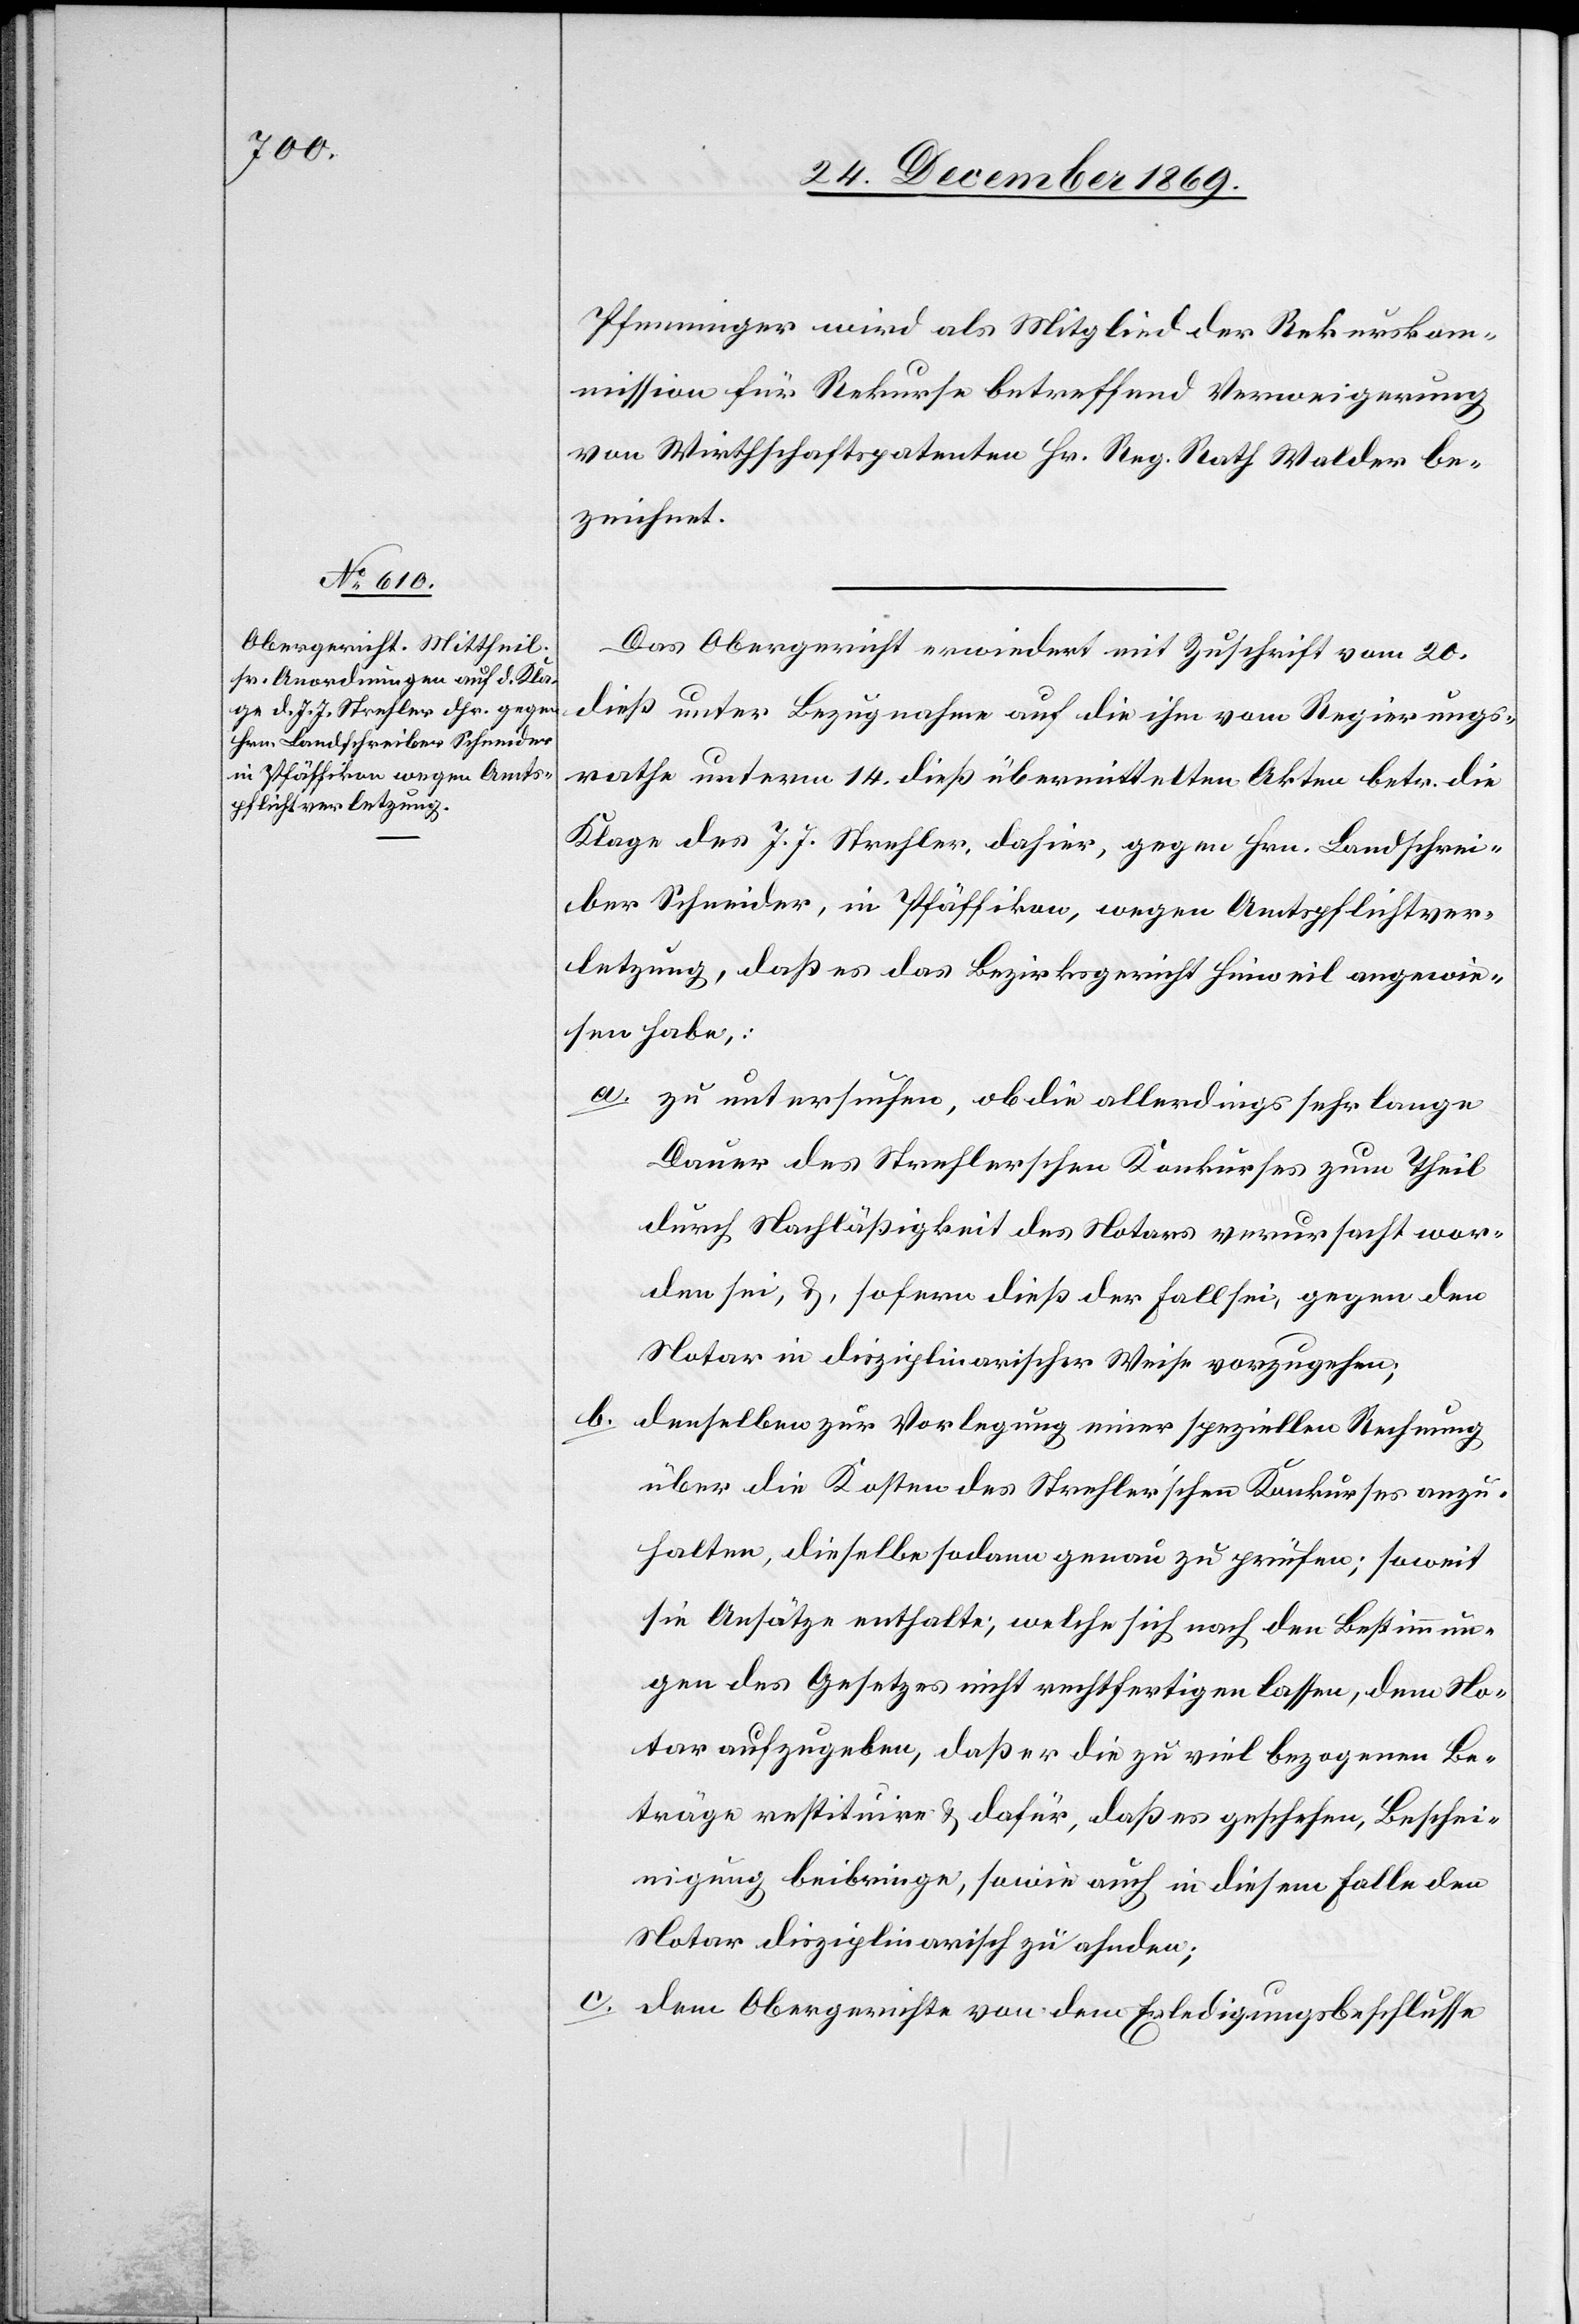
Pfenninger wird als Mitglied der Rekurskom¬
mission für Rekurse betreffend Verweigerung
von Wirthschaftspatenten Hr. Reg. Rath Walder be¬
zeichnet.
Das Obergericht erwiedert mit Zuschrift vom 20.
dieß unter Bezugnahme auf die ihm vom Regierungs¬
rathe unterm 14. dieß übermittelten Akten betr. die
Klage des J. J. Strehler, dahier, gegen Hrn. Landschrei¬
ber Schneider, in Pfäffikon, wegen Amtspflichtver¬
letzung, daß es das Bezirksgericht Hinweil angewie¬
sen habe,:
zu untersuchen, ob die allerdings sehr lange
Dauer des Strehlerschen Konkurses zum Theil
durch Nachläßigkeit des Notars verursacht wor¬
den sei, &, sofern dieß der Fall sei, gegen den
Notar in disziplinarischer Weise vorzugehen;
b.
denselben zur Vorlegung einer speziellen Rechnung
über die Kosten des Strehler’schen Konkurses anzu¬
halten, dieselbe sodann genau zu prüfen; soweit
sie Ansätze enthalte, welche sich nach den Bestimmun¬
gen des Gesetzes nicht rechtfertigen lassen, dem No¬
tar aufzugeben, daß er die zu viel bezogenen Be¬
träge restituire & dafür, daß es geschehen, Beschei¬
nigung beibringe, sowie auch in diesem Falle den
Notar disziplinarisch zu ahnden;
dem Obergerichte von dem Erledigungsbeschlusse